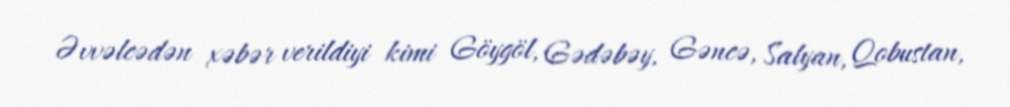
Əvvəlcədən xəbər verildiyi kimi Göygöl, Gədəbəy, Gəncə, Salyan, Qobustan,